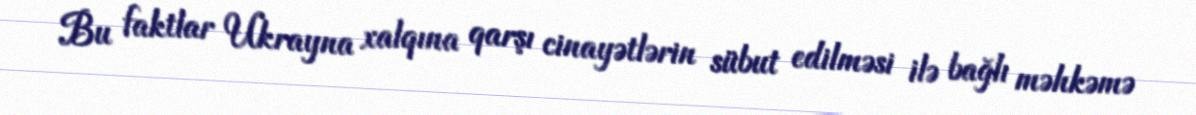
Bu faktlar Ukrayna xalqına qarşı cinayətlərin sübut edilməsi ilə bağlı məhkəmə